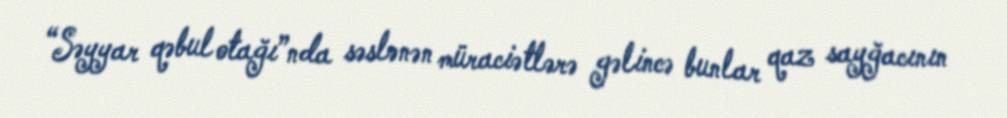
“Səyyar qəbul otağı”nda səslənən müraciətlərə gəlincə bunlar qaz sayğacının